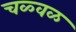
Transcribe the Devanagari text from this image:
चळ्वळ